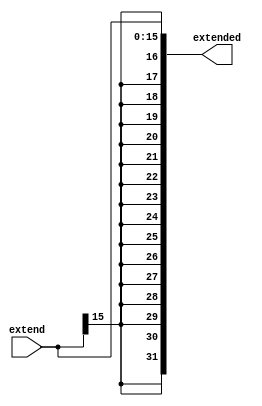
module signextend(input[15:0] extend,output[31:0] extended);
    assign extended[31:0] = { {16{extend[15]}} , extend[15:0] };
endmodule